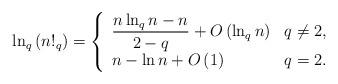
LaTeX: \begin{align*}\ln_{q}\left( n!_{q}\right) =\left\{\begin{array}[c]{ll}\dfrac{n\ln_{q}n-n}{2-q}+O\left( \ln_{q}n\right) & q\neq2,\\n-\ln n+O\left( 1\right) & q=2.\end{array}\right. \end{align*}